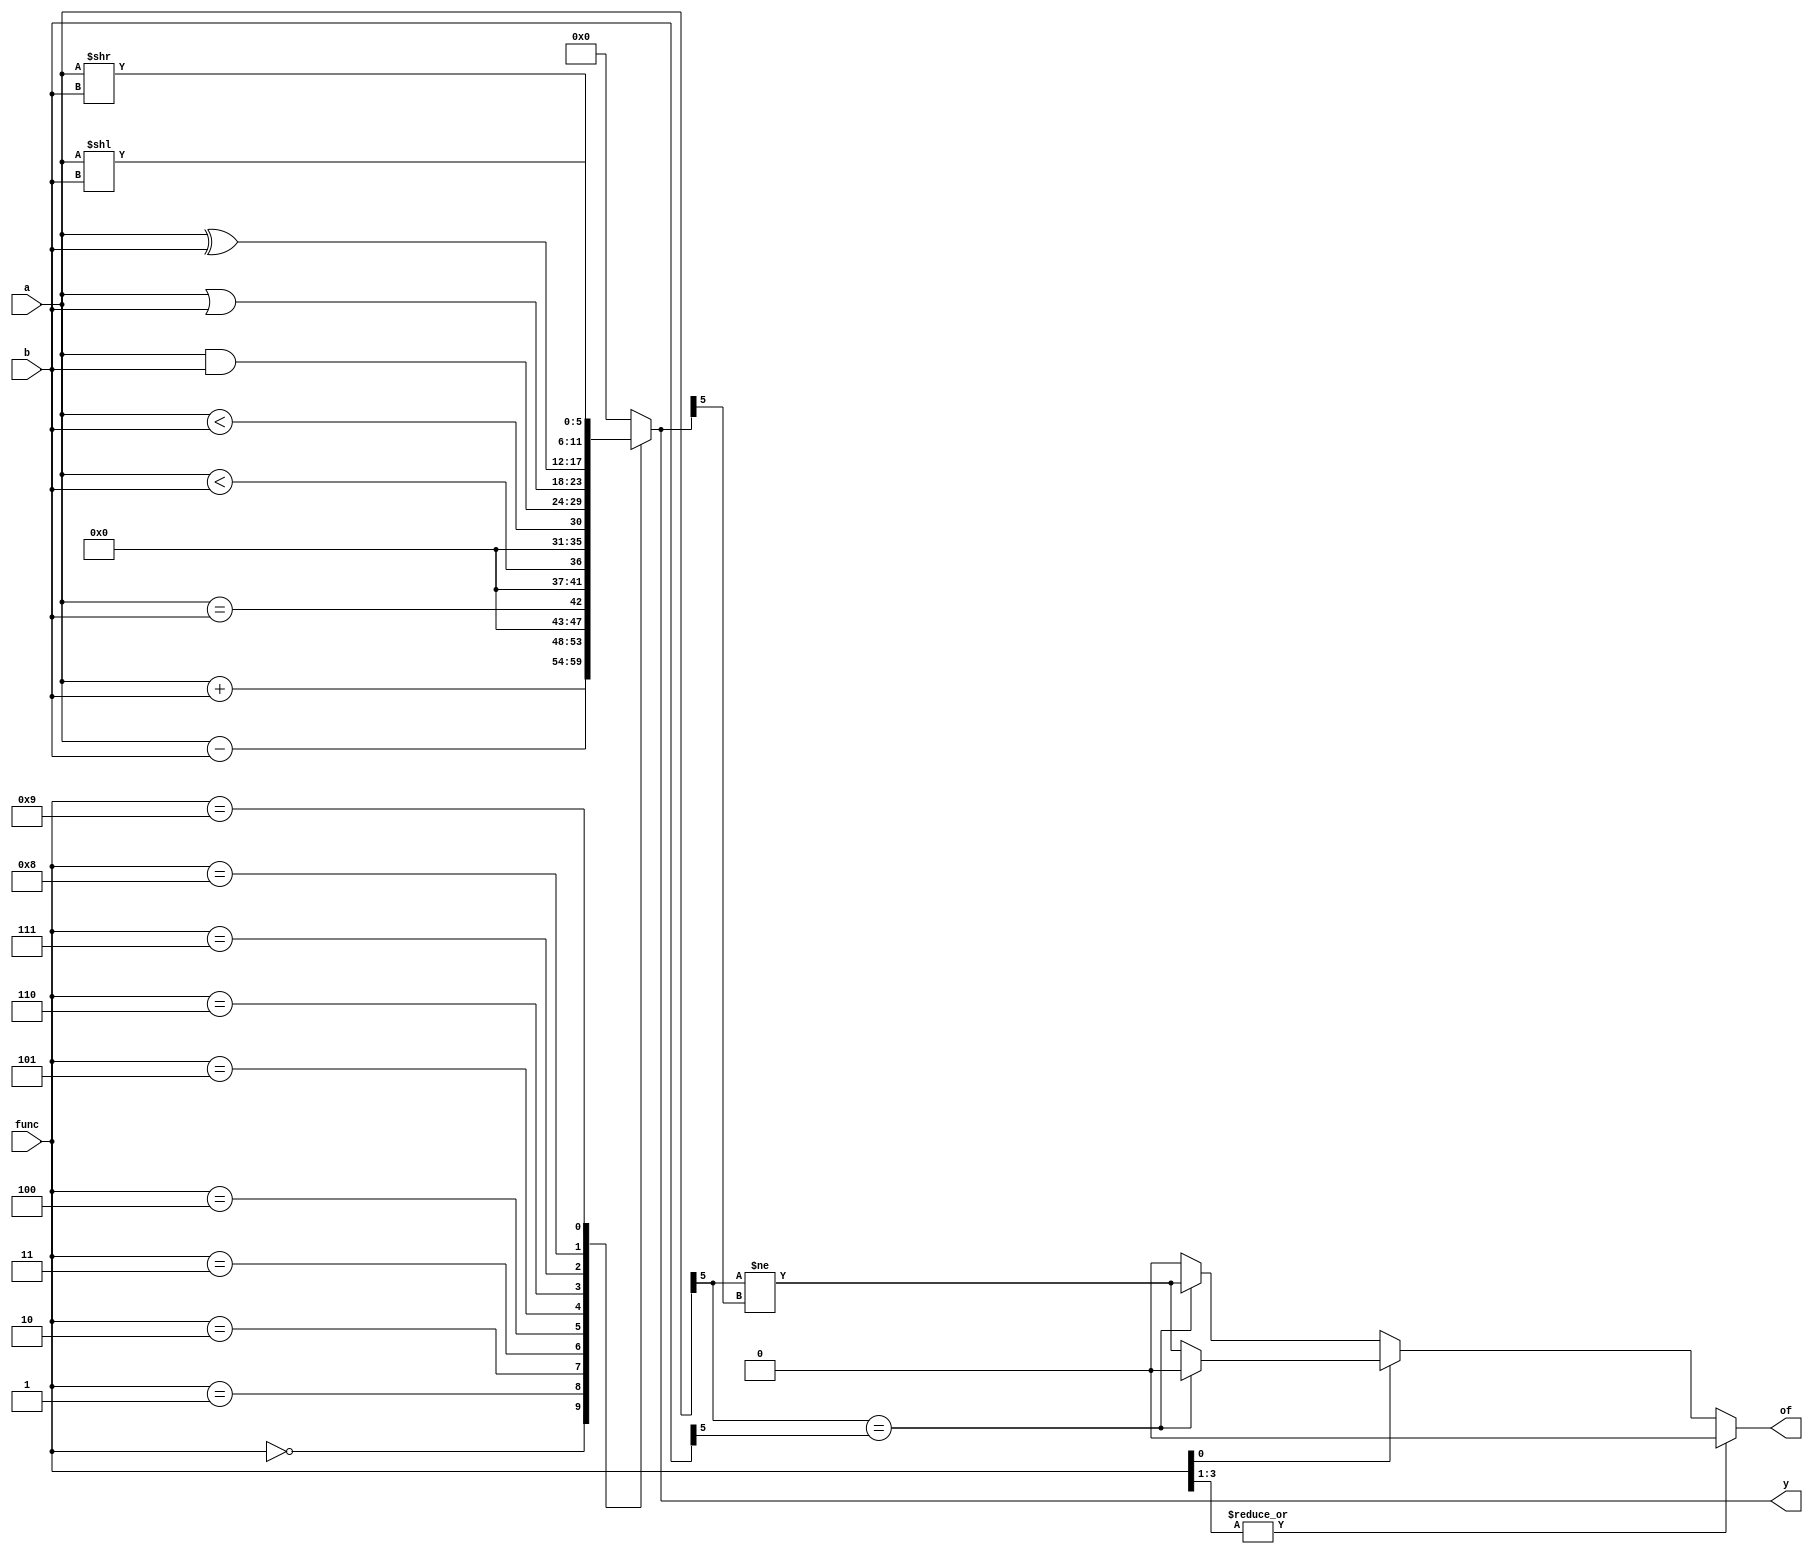
module alu #(parameter WIDTH = 6) // 
(
    input [WIDTH-1:0] a, b,       // a
    input [3:0] func,             // 
    output reg [WIDTH-1:0] y,         //  
    output reg of                     // of1
);
    always @(*) begin
        // assign `y`
        case (func)
            4'b0000: y = a + b;
            4'b0001: y = a - b;
            4'b0010: y = a == b;
            4'b0011: y = a < b; // Unsigned a < b
            4'b0100: y = ($signed(a)) < ($signed(b)); // Signed a < b
            4'b0101: y = a & b;
            4'b0110: y = a | b;
            4'b0111: y = a ^ b;
            4'b1000: y = a >> b;
            4'b1001: y = a << b;
            default: y = 0;
        endcase
        // assign `of`
        if (|func[3:1]) of = 0; // `of` not used
        else if (func[0]) of = a[WIDTH-1] == b[WIDTH-1] ? 0 : a[WIDTH-1] != y[WIDTH-1]; // a - b
        else of = a[WIDTH-1] == b[WIDTH-1] ? a[WIDTH-1] != y[WIDTH-1] : 0; // a + b
    end
endmodule